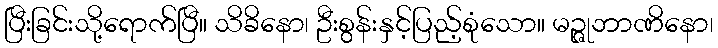
ပြီးခြင်းသို့ရောက်ပြီ။ သိခိနော၊ ဦးစွန်းနှင့်ပြည့်စုံသော။ မဉ္ဇုဘာဏိနော၊